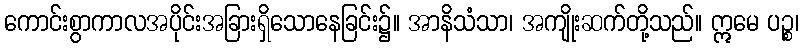
ကောင်းစွာကာလအပိုင်းအခြားရှိသောနေခြင်း၌။ အာနိသံသာ၊ အကျိုးဆက်တို့သည်။ ဣမေ ပဉ္စ၊